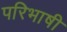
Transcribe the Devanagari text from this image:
परिभाषी